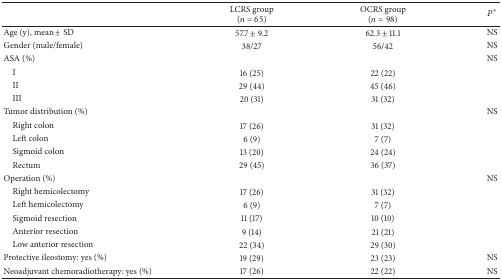
|  | LCRS group(n = 65) | OCRS group(n = 98) | P* |
 | --- | --- | --- | --- |
 | Age (y), mean ± SD | 57.7 ± 9.2 | 62.3 ± 11.1 | NS |
 | Gender (male/female) | 38/27 | 56/42 | NS |
 | ASA (%) |  |  | NS |
 | I | 16 (25) | 22 (22) |  |
 | II | 29 (44) | 45 (46) |  |
 | III | 20 (31) | 31 (32) |  |
 | Tumor distribution (%) |  |  | NS |
 | Right colon | 17 (26) | 31 (32) |  |
 | Left colon | 6 (9) | 7 (7) |  |
 | Sigmoid colon | 13 (20) | 24 (24) |  |
 | Rectum | 29 (45) | 36 (37) |  |
 | Operation (%) |  |  | NS |
 | Right hemicolectomy | 17 (26) | 31 (32) |  |
 | Left hemicolectomy | 6 (9) | 7 (7) |  |
 | Sigmoid resection | 11 (17) | 10 (10) |  |
 | Anterior resection | 9 (14) | 21 (21) |  |
 | Low anterior resection | 22 (34) | 29 (30) |  |
 | Protective ileostomy: yes (%) | 19 (29) | 23 (23) | NS |
 | Neoadjuvant chemoradiotherapy: yes (%) | 17 (26) | 22 (22) | NS |